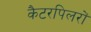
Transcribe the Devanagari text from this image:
कैटरपिलरों